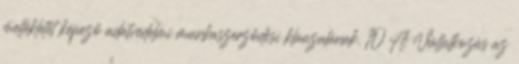
mellékletét képező adatvédelmi munkaszerződési klauzulának. 10 A Vállalkozás az